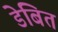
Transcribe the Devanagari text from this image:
डेबित